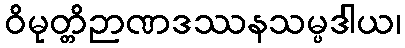
ဝိမုတ္တိဉာဏဒဿနသမ္ပဒါယ၊